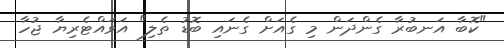
"ކޮބާ އަނބުރާ ގެންދަން މި ގެއަށް ގެނައި ބޮޑު ތެލި" އަވައްޓެރިޔާ ޖުހާ